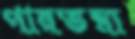
পারতন্ত্র্য